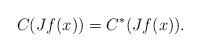
LaTeX: \begin{align*}C(Jf(x))=C^*(Jf(x)).\end{align*}